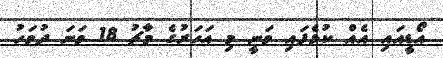
އޯޑީއައި އެއް ކުޅެފައި ވަނީ މި އަހަރުގެ މާޗު 18 ވަނަ ދުވަހު